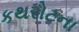
કથરોટના